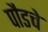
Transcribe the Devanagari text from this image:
पौडचे